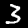
Digit: 3